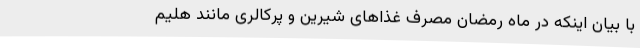
با بیان اینکه در ماه رمضان مصرف غذاهای شیرین و پرکالری مانند هلیم